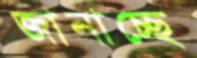
জানাচ্ছে